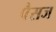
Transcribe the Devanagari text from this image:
पैसज